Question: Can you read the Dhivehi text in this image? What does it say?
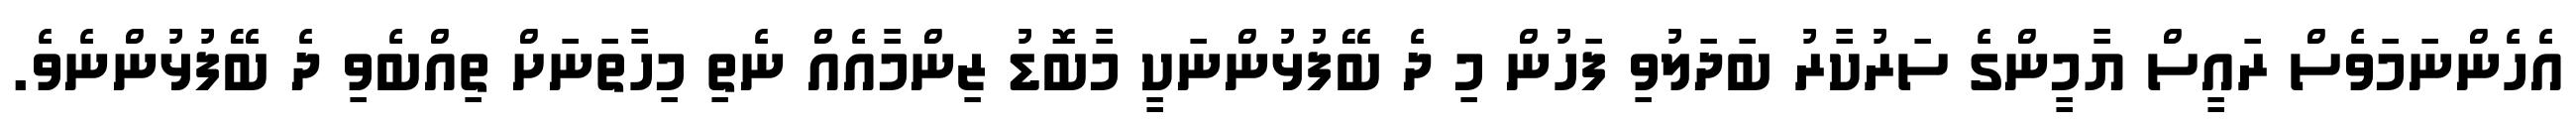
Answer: އެހެންނަމަވެސް ރައީސް ޔާމީންގެ ސަރުކާރު ބަދަލުވި ފަހުން މި ދެ ބޭފުޅުންނަކީ މާބޮޑު ޒިންމާއެއް ނެތި މިހާތަނަށް ތިއްބެވި ދެ ބޭފުޅުންނެވެ.